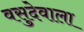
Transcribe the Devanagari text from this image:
वसुदेवाला